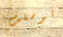
توسلت